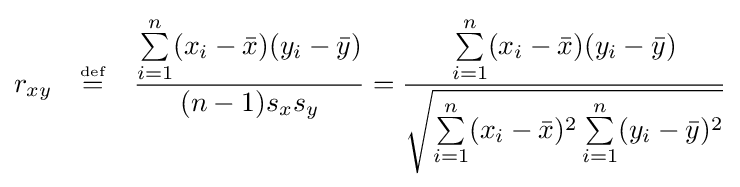
r_{xy}\quad {\overset {\underset {\mathrm {def} }{}}{=}}\quad {\frac {\sum \limits _{i=1}^{n}(x_{i}-{\bar {x}})(y_{i}-{\bar {y}})}{(n-1)s_{x}s_{y}}}={\frac {\sum \limits _{i=1}^{n}(x_{i}-{\bar {x}})(y_{i}-{\bar {y}})}{\sqrt {\sum \limits _{i=1}^{n}(x_{i}-{\bar {x}})^{2}\sum \limits _{i=1}^{n}(y_{i}-{\bar {y}})^{2}}}}